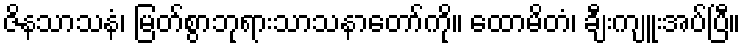
ဇိနသာသနံ၊ မြတ်စွာဘုရားသာသနာတော်ကို။ ထောမိတံ၊ ချီးကျူးအပ်ပြီ။